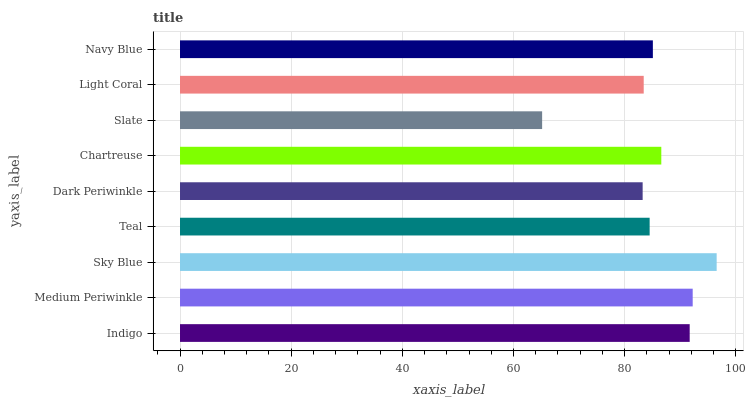
| yaxis_label | bars |
 | --- | --- |
 | Indigo | 91.7 |
 | Medium Periwinkle | 92.2 |
 | Sky Blue | 96.6 |
 | Teal | 84.5 |
 | Dark Periwinkle | 83.2 |
 | Chartreuse | 86.6 |
 | Slate | 65.2 |
 | Light Coral | 83.4 |
 | Navy Blue | 85.1 |